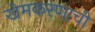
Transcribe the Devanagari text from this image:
खेमकरणाची